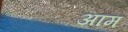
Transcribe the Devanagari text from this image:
अाम